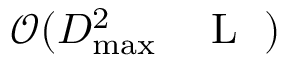
\mathcal { O } ( D _ { \operatorname* { m a x } } ^ { 2 } { \mathrm { ~ \small ~ \mathscr ~ { ~ L ~ } ~ } } )